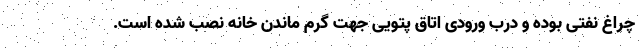
چراغ نفتی بوده و درب ورودی اتاق پتویی جهت گرم ماندن خانه نصب شده است.